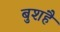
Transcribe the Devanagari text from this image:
बुशहै